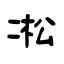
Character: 凇